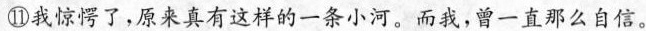
⑪我惊愕了，原来真有这样的一条小河。而我，曾一直那么自信。